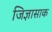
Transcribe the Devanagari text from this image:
जिज्ञासाक